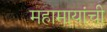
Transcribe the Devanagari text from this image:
महामायांची